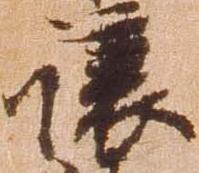
譲